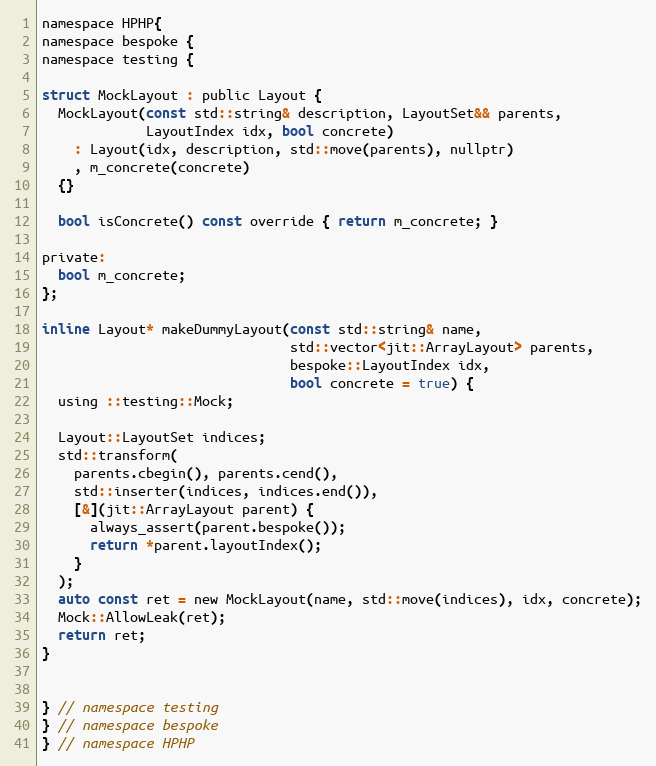
Language: C
namespace HPHP{
namespace bespoke {
namespace testing {

struct MockLayout : public Layout {
  MockLayout(const std::string& description, LayoutSet&& parents,
             LayoutIndex idx, bool concrete)
    : Layout(idx, description, std::move(parents), nullptr)
    , m_concrete(concrete)
  {}

  bool isConcrete() const override { return m_concrete; }

private:
  bool m_concrete;
};

inline Layout* makeDummyLayout(const std::string& name,
                               std::vector<jit::ArrayLayout> parents,
                               bespoke::LayoutIndex idx,
                               bool concrete = true) {
  using ::testing::Mock;

  Layout::LayoutSet indices;
  std::transform(
    parents.cbegin(), parents.cend(),
    std::inserter(indices, indices.end()),
    [&](jit::ArrayLayout parent) {
      always_assert(parent.bespoke());
      return *parent.layoutIndex();
    }
  );
  auto const ret = new MockLayout(name, std::move(indices), idx, concrete);
  Mock::AllowLeak(ret);
  return ret;
}

} // namespace testing
} // namespace bespoke
} // namespace HPHP